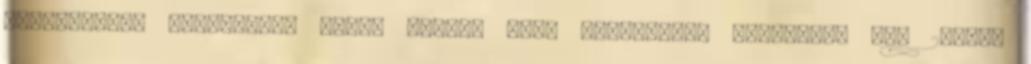
kommunisták jelentése: eddig ötször volt kommunista népgyűlés kb. 2-3000